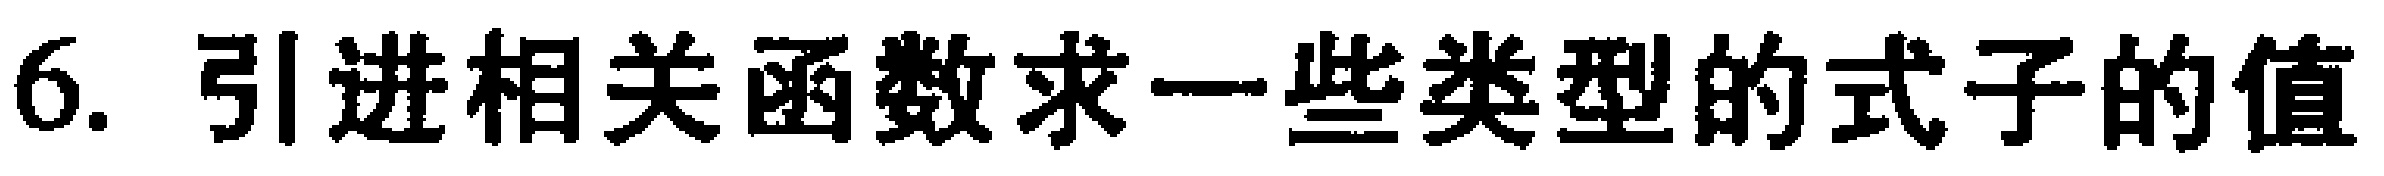
6. 引进相关函数求一些类型的式子的值